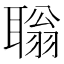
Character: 聬